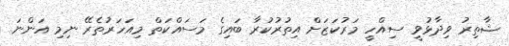
ޝާތިރު ވިދާޅުވީ ސިއްހީ މަރުކަޒަށް އިތުރުކުރާ ބައިގެ މަސައްކަތް މިއަހަރުތެރޭ ނިމި އަންނަ